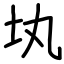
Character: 𡉕